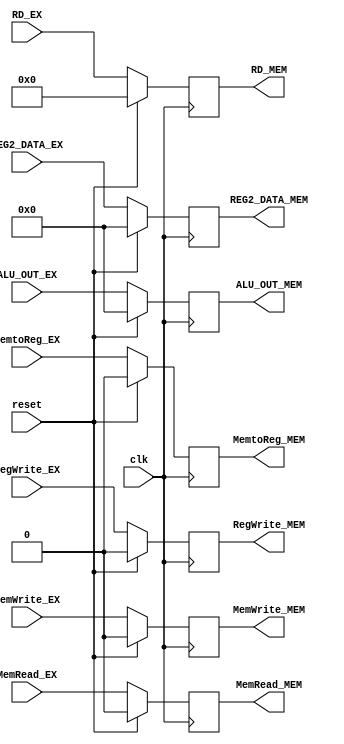
module EX_MEM_reg(input clk,reset,
                        input MemRead_EX,
                        input MemWrite_EX,
                        input RegWrite_EX,
                        input MemtoReg_EX,
                        input [4:0] RD_EX,
                        input [31:0] ALU_OUT_EX,
                        input [31:0] REG2_DATA_EX,
                        output reg MemRead_MEM,
                        output reg MemWrite_MEM,
                        output reg RegWrite_MEM,
                        output reg MemtoReg_MEM,
                        output  reg [4:0] RD_MEM,
                        output reg [31:0] ALU_OUT_MEM,
                        output reg [31:0] REG2_DATA_MEM);

 always@(posedge clk)begin
        if(reset)begin
            MemRead_MEM <= 0;
            MemWrite_MEM <= 0;
            RegWrite_MEM <= 0;
            MemtoReg_MEM <= 0;
            RD_MEM <= 0;
            ALU_OUT_MEM <= 0;
            REG2_DATA_MEM <= 0;
        end
        else begin
            MemRead_MEM <= MemRead_EX;
            MemWrite_MEM <= MemWrite_EX;
            RegWrite_MEM <= RegWrite_EX;
            MemtoReg_MEM <= MemtoReg_EX;
            RD_MEM <= RD_EX;
            ALU_OUT_MEM <= ALU_OUT_EX;
            REG2_DATA_MEM <= REG2_DATA_EX;
        end
    end

endmodule